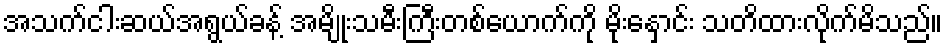
အသက်ငါးဆယ်အရွယ်ခန့် အမျိုးသမီးကြီးတစ်ယောက်ကို မိုးနှောင်း သတိထားလိုက်မိသည်။